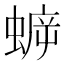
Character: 蝷